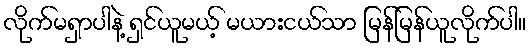
လိုက်မရှာပါနဲ့ ရှင်ယူမယ့် မယားငယ်သာ မြန်မြန်ယူလိုက်ပါ။